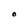
Character: O